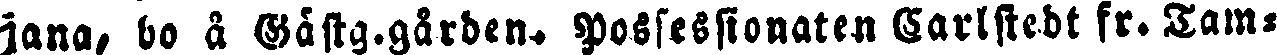
jana, bo å Gästg.gården. Possessionaten Carlstedt fr. Tam-